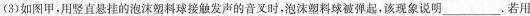
(3)如图甲，用竖直悬挂的泡沫塑料球接触发声的音叉时，泡沫塑料球被弹起，该现象说明___。若用